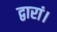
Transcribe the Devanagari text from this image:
द्वारां।